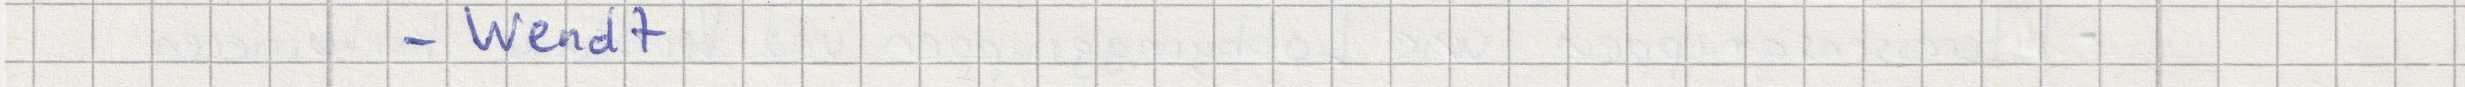
- Wendt